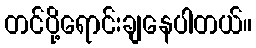
တင်ပို့ရောင်းချနေပါတယ်။